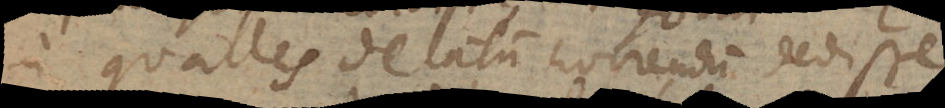
in convalles delatum horrendum dedisse